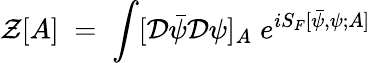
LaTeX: {\mathcal Z}[A]\; =\; \int[{\mathcal D}{\bar{\psi}}{\mathcal D}\psi]_{A}\; e^{iS_{F}[{\bar{\psi}},\psi;A]}